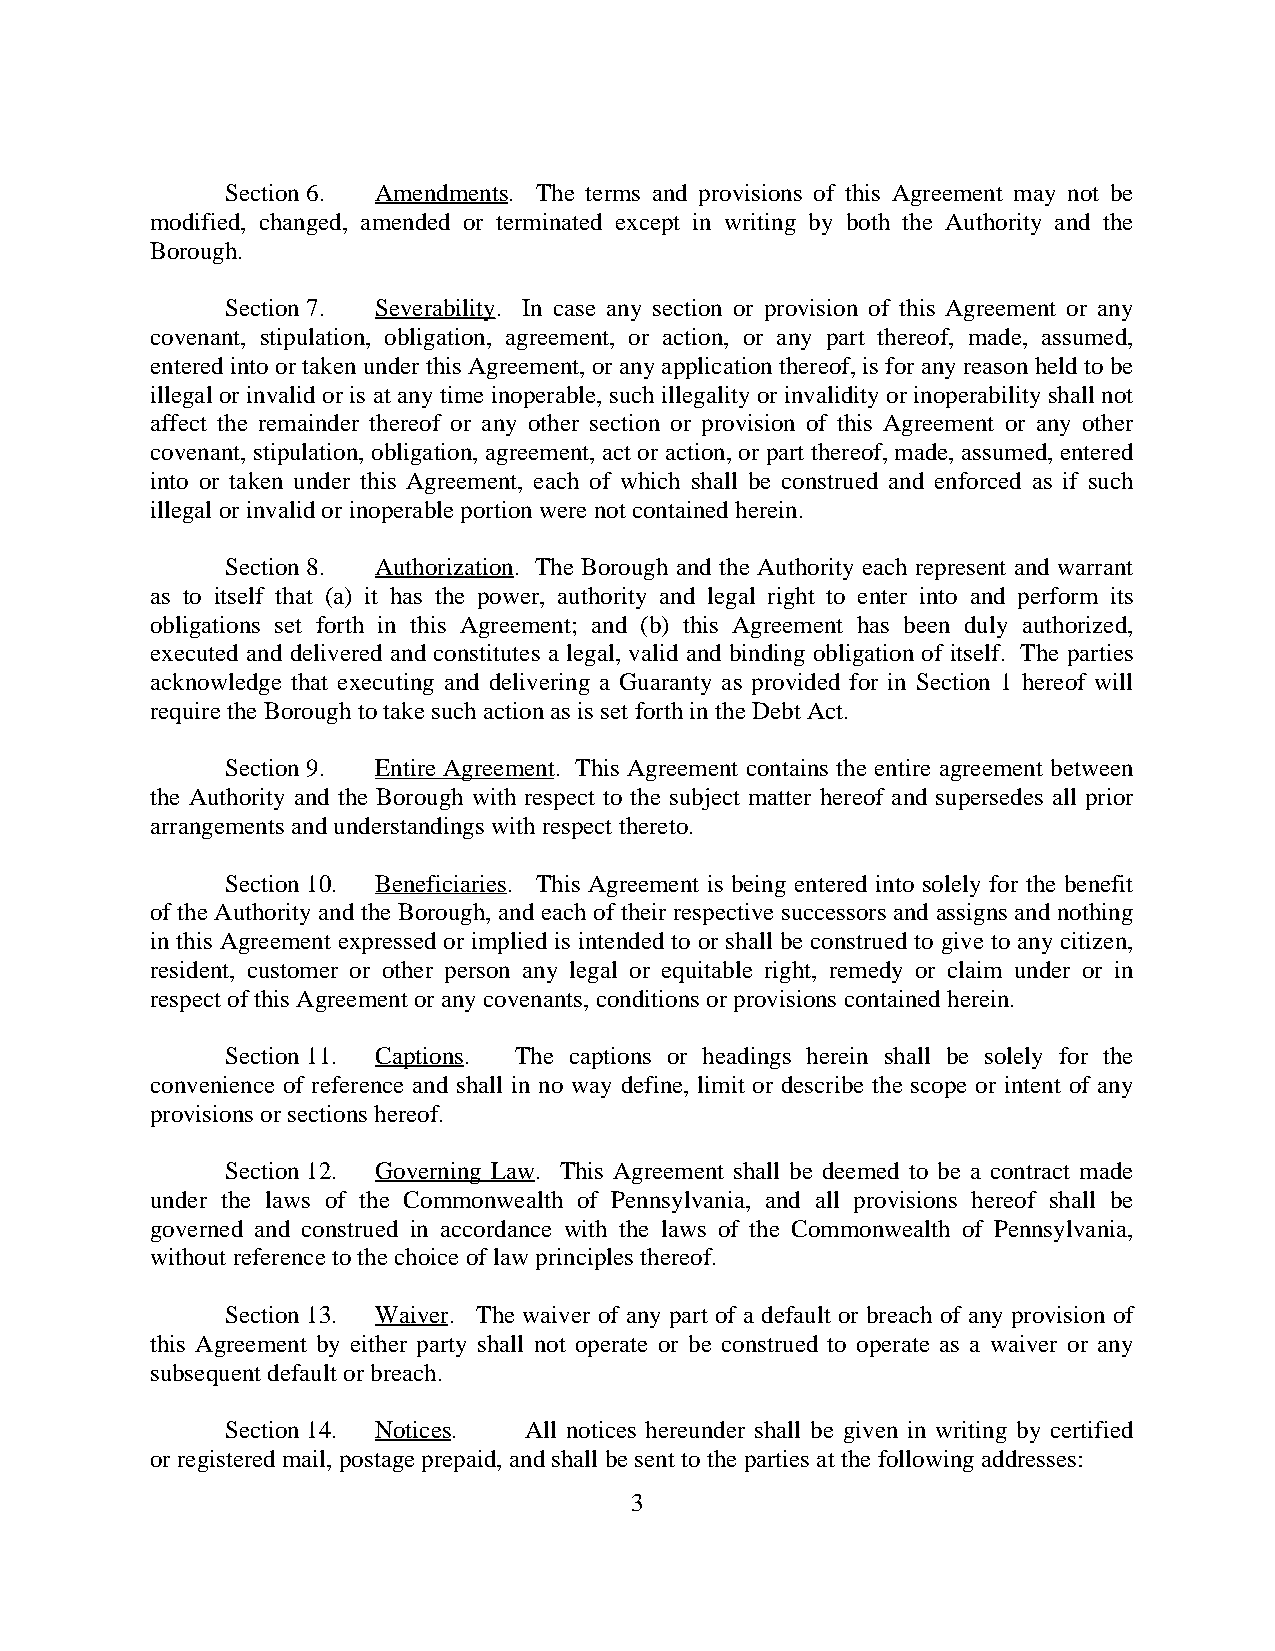
Section 6. Amendments. The terms and provisions of this Agreement may not be
 modified, changed, amended or terminated except in writing by both the Authority and the
 Borough.
 Section 7. Severability. In case any section or provision of this Agreement or any
 covenant, stipulation, obligation, agreement, or action, or any part thereof, made, assumed,
 entered into or taken under this Agreement, or any application thereof, is for any reason held to be
 illegal or invalid or is at any time inoperable, such illegality or invalidity or inoperability shall not
 affect the remainder thereof or any other section or provision of this Agreement or any other
 covenant, stipulation, obligation, agreement, act or action, or part thereof, made, assumed, entered
 into or taken under this Agreement, each of which shall be construed and enforced as if such
 illegal or invalid or inoperable portion were not contained herein.
 Section 8. Authorization. The Borough and the Authority each represent and warrant
 as to itself that (a) it has the power, authority and legal right to enter into and perform its
 obligations set forth in this Agreement; and (b) this Agreement has been duly authorized,
 executed and delivered and constitutes a legal, valid and binding obligation of itself. The parties
 acknowledge that executing and delivering a Guaranty as provided for in Section 1 hereof will
 require the Borough to take such action as is set forth in the Debt Act.
 Section 9. Entire Agreement. This Agreement contains the entire agreement between
 the Authority and the Borough with respect to the subject matter hereof and supersedes all prior
 arrangements and understandings with respect thereto.
 Section 10. Beneficiaries. This Agreement is being entered into solely for the benefit
 of the Authority and the Borough, and each of their respective successors and assigns and nothing
 in this Agreement expressed or implied is intended to or shall be construed to give to any citizen,
 resident, customer or other person any legal or equitable right, remedy or claim under or in
 respect of this Agreement or any covenants, conditions or provisions contained herein.
 Section 11. Captions. The captions or headings herein shall be solely for the
 convenience of reference and shall in no way define, limit or describe the scope or intent of any
 provisions or sections hereof.
 Section 12. Governing Law. This Agreement shall be deemed to be a contract made
 under the laws of the Commonwealth of Pennsylvania, and all provisions hereof shall be
 governed and construed in accordance with the laws of the Commonwealth of Pennsylvania,
 without reference to the choice of law principles thereof.
 Section 13. Waiver. The waiver of any part of a default or breach of any provision of
 this Agreement by either party shall not operate or be construed to operate as a waiver or any
 subsequent default or breach.
 Section 14. Notices. All notices hereunder shall be given in writing by certified
 or registered mail, postage prepaid, and shall be sent to the parties at the following addresses:
 3